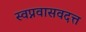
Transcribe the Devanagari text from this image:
स्वप्नवासवदत्त